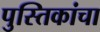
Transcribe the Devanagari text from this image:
पुस्तिकांचा